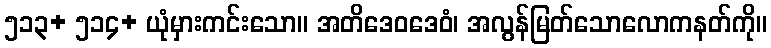
၅၁၃+ ၅၁၄+ ယုံမှားကင်းသော။ အတိဒေဝဒေဝံ၊ အလွန်မြတ်သောလောကနတ်ကို။